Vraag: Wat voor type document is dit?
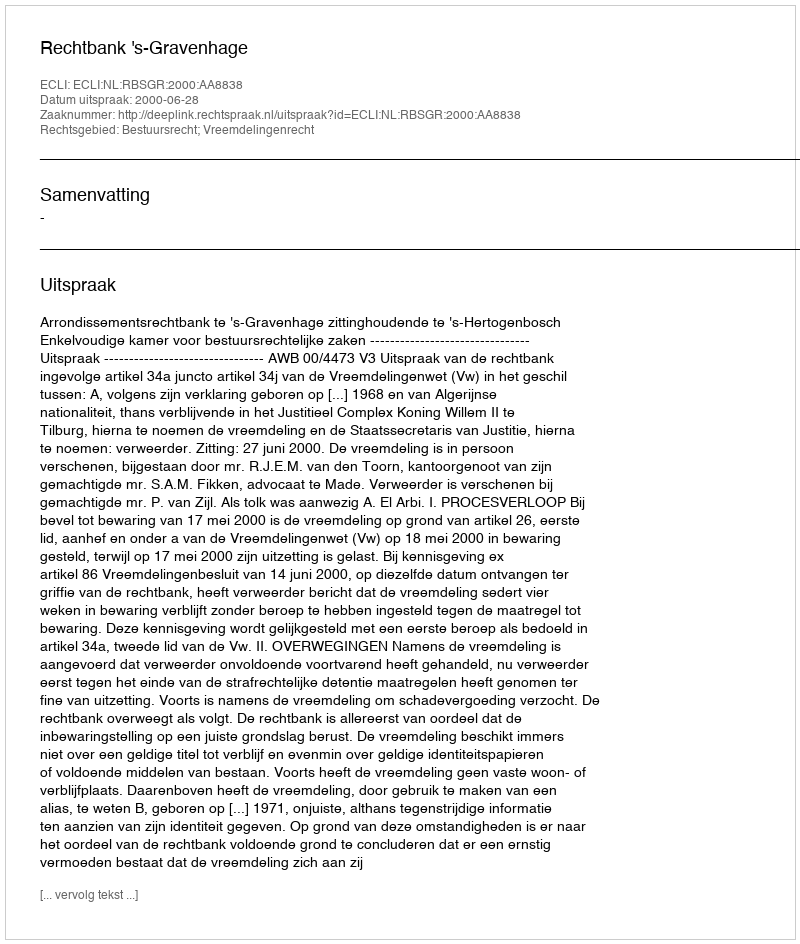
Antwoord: Uitspraak